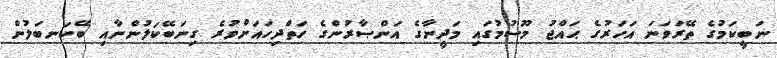
ނަބީކަމުގެ ތޭރަވަނަ އަހަރުގެ ޙައްޖު މޫސުމުގައި މަދީނާގެ އަންޞާރުންގެ ހަތްދިހައަށްވުރެ ގިނަބޭކަލުންނާއި ބޭކަނބަލުން